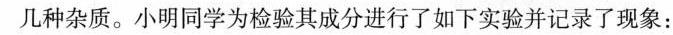
几种杂质。小明同学为检验其成分进行了如下实验并记录了现象：